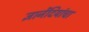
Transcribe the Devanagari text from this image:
ज्ञानेंदियांचा